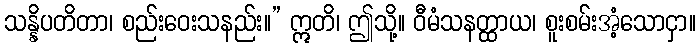
သန္နိပတိတာ၊ စည်းဝေးသနည်း။” ဣတိ၊ ဤသို့။ ဝီမံသနတ္ထာယ၊ စူးစမ်းအံ့သောငှာ။